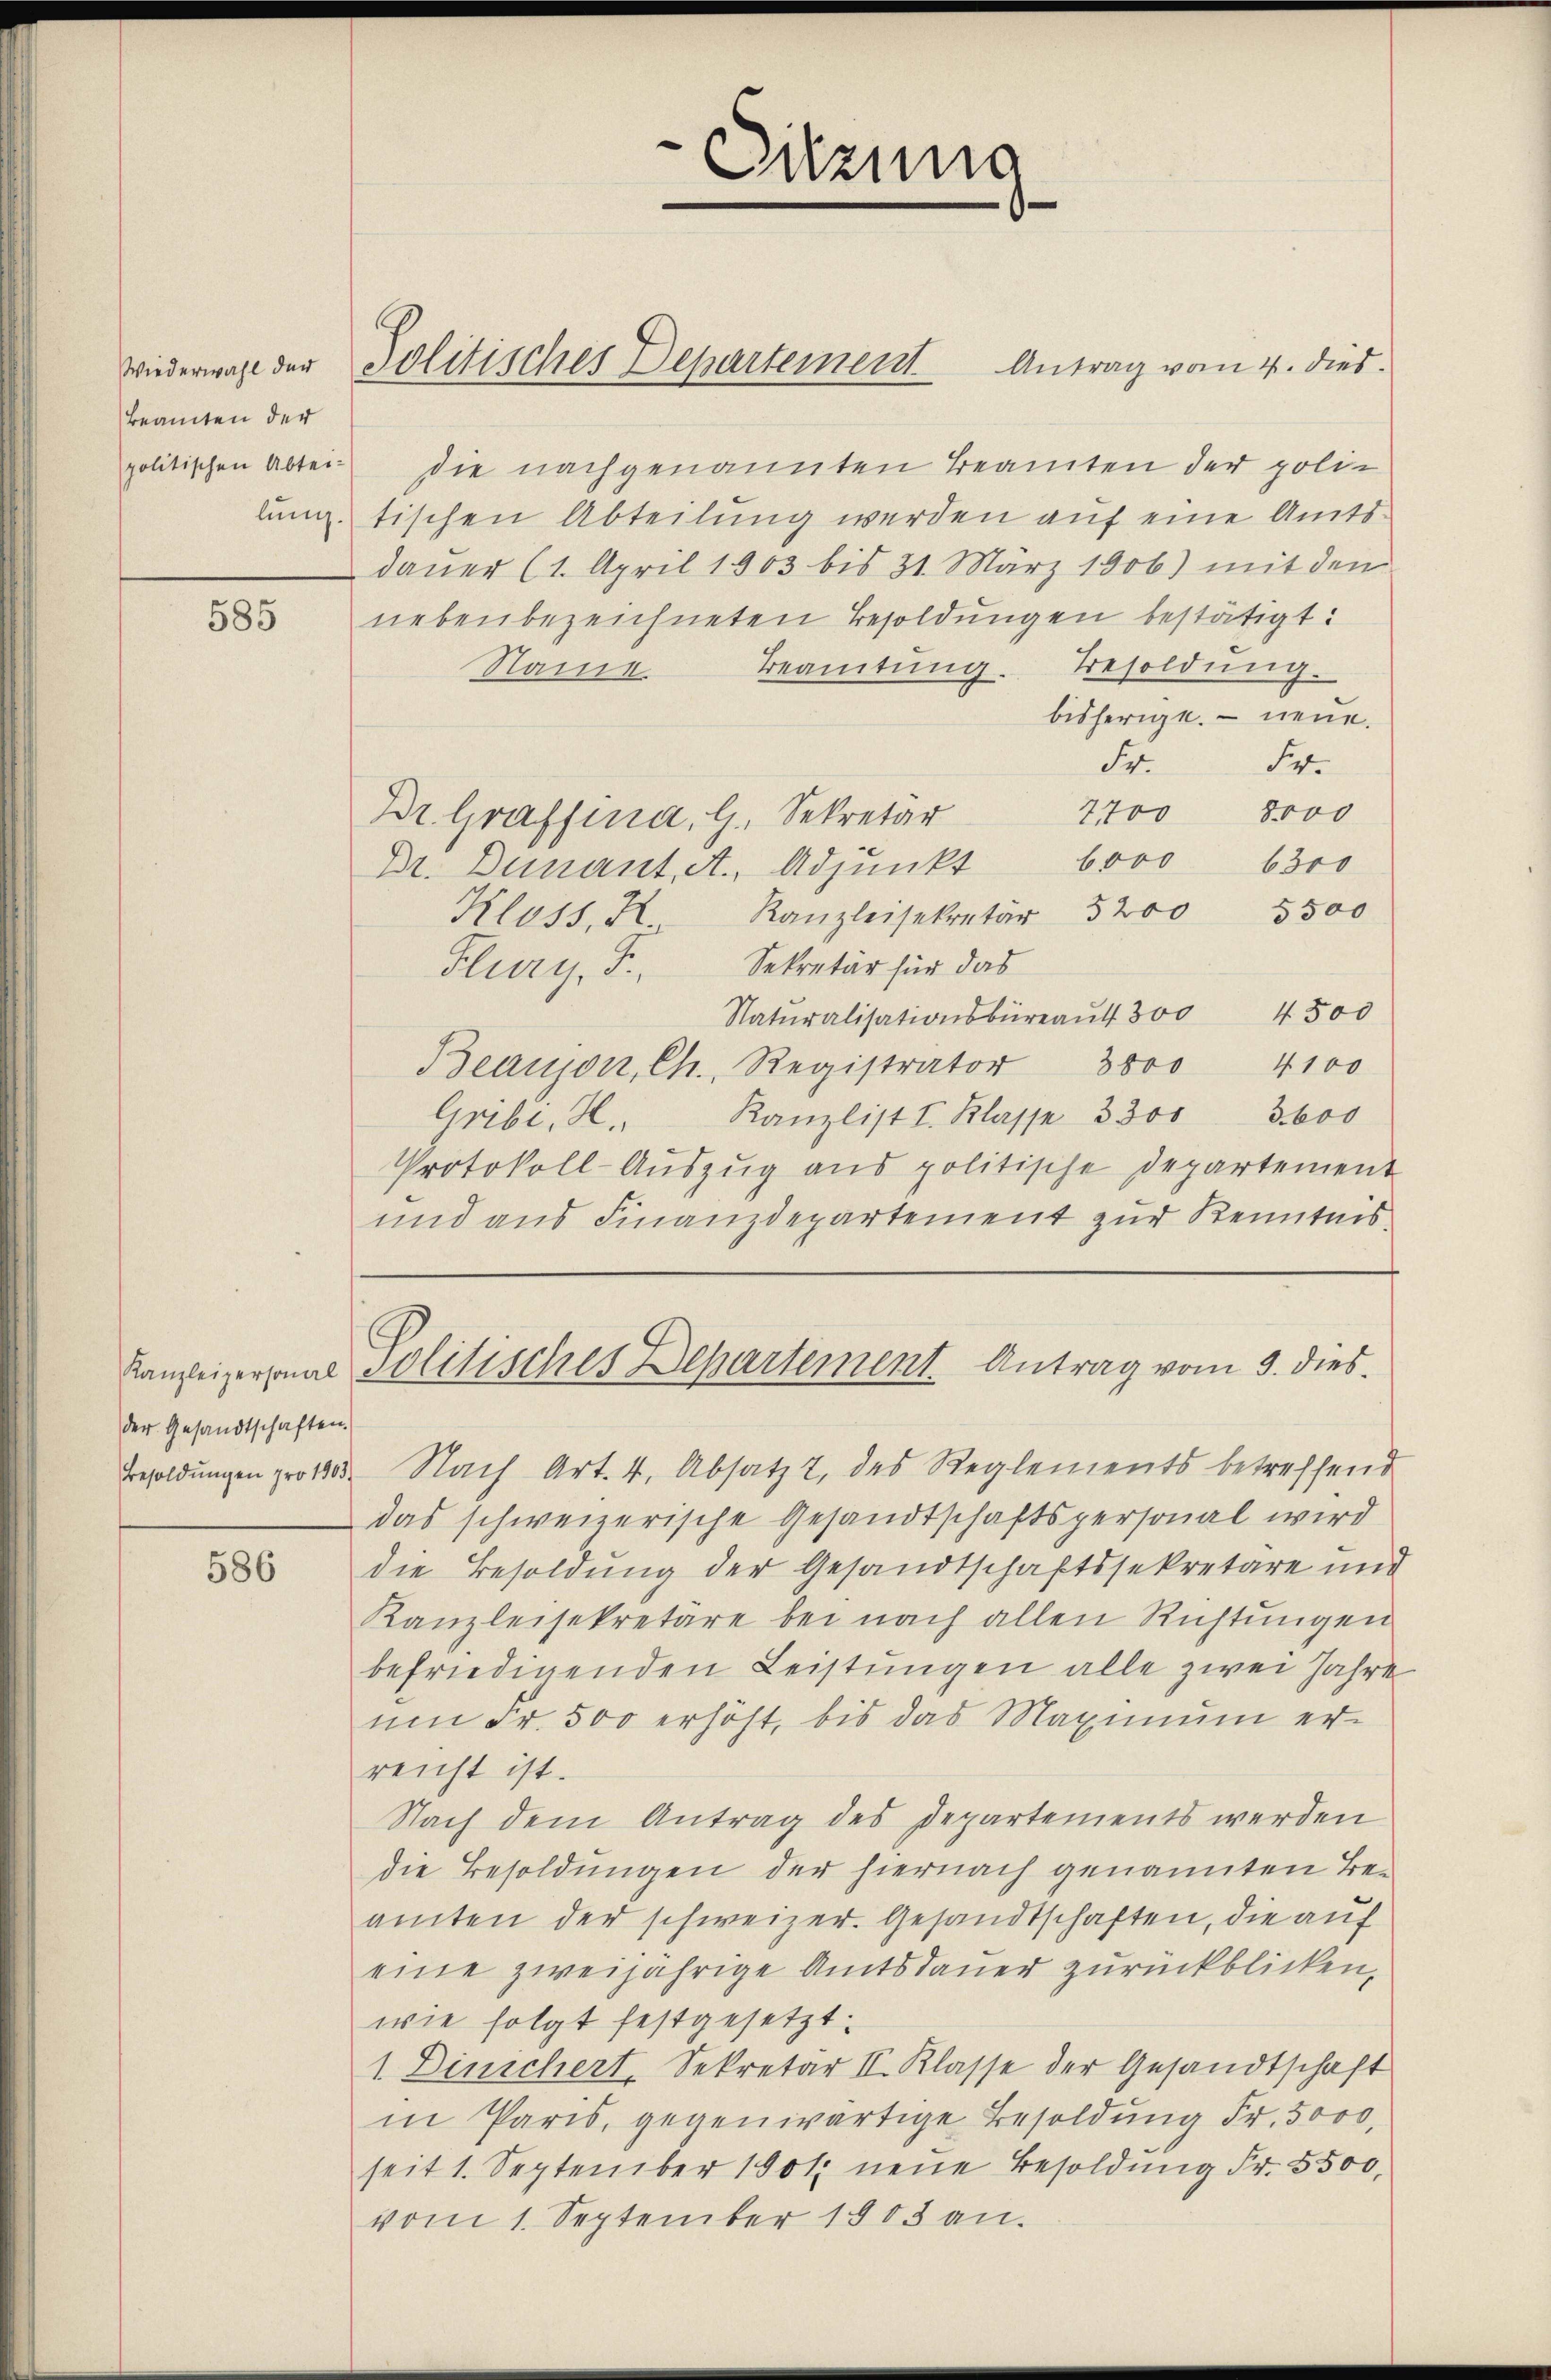
Beamten der
politischen Abtei-

585

der Gesandtschaften.

586

die nachgenannten Beamten der polilung tischen Abteilung werden auf eine Amtsdauer (1. April 1903 bis 31. März 1906) mit den
nebenbezeichneten Besoldungen bestätigt:
Beamtŭng. Besoldŭng.
Name
bisherige. — neue.
Fr. Fr.
7700 8000
Dr. Graffina, G. Sekretär
6000 6300
Dr. Dunant. A. Adjunkt
Klass Kanzleisekretär 3200 5500
Flury, F., Sekretär für das
Natŭralisationsbüreaŭt 300 4500
4100
Beaujon, Ch. Registrator 3000
Kanzlist I. Klasse 3300 3600
Cribi, H.
Protokoll-Aŭszŭg aŭs politische Departement
und aus Finanzdepartement zur Kenntnis
Kanzeigersonal Politisches Departement Antrag vom 9. dies
Besoldŭngen pro 1803. Nach Art. 4. Absatz 2 des Reglements betreffend
das schweizerische Gesandtschaftspersonal wird
die Besoldung der Gesandtschaftssekretäre und
Kanzleisekretäre bei nach allen Richtungen
befriedigenden Leistungen alle zwei Jahre
um Fr. 500 erhöht, bis das Maximum erreicht ist.
Nach dem Antrag des Departements werden
die Besoldungen der hiernach genannten Be-
amten der schweizer. Gesandtschaften, die auf
eine zweijährige Amtsdauer zurückblicken,
wie folgt festgesetzt.
1 Dinichert, Sekretär II. Klasse der Gesandtschaft
in Paris, gegenwärtige Besoldung Fr. 5000,
seit 1. September 1901 neue Besoldung Fr. 5500.
vom 1. September 1808 an.

wiederwahl der Politisches Departement Antrag vom 4. dies

Sitzung